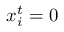
x _ { i } ^ { t } = 0